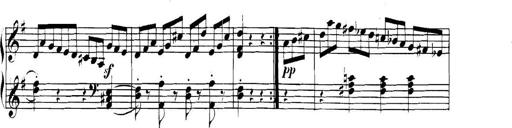
Title: Collected Piano Sonatas
Composer: Muzio Clementi